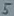
Text: 5